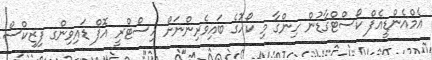
އެމްއެންޑީއެފް ކޯސްޓްގާޑުން ހިންގާ މި ކޯހުގެ ބައިވެރިންނަށް ހިސްޓްރީ އޮފް ޑައިވިންގ ފިޒިކްސް